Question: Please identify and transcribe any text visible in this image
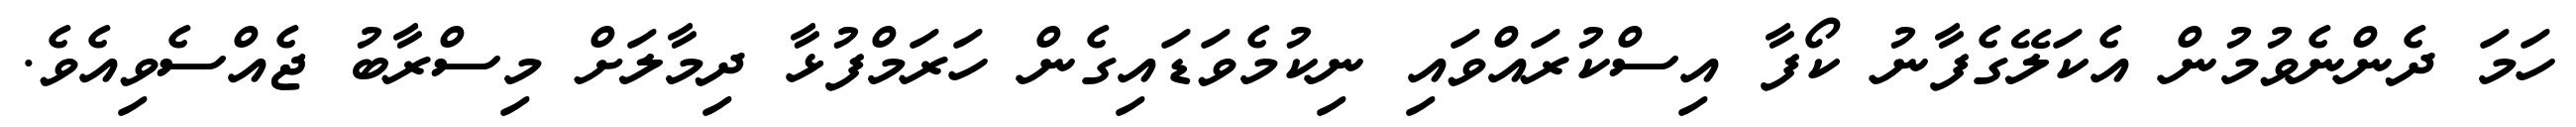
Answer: ހަމަ ދެންނެވުމުން އެކަލޭގެފާނު ކޯފާ އިސްކުރައްވައި ނިކުމެވަޑައިގެން ހަރަމްފުޅާ ދިމާލަށް މިސްރާބު ޖެއްސެވިއެވެ.